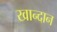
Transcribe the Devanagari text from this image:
खान्दान